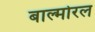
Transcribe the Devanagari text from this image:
बाल्मोरल